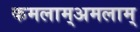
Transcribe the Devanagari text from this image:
कमलाम्अमलाम्